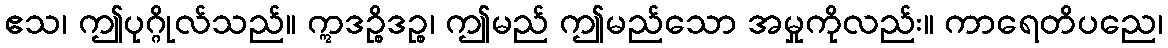
ဧသ၊ ဤပုဂ္ဂိုလ်သည်။ ဣဒဉ္စိဒဉ္စ၊ ဤမည် ဤမည်သော အမှုကိုလည်း။ ကာရေတိပညေ၊